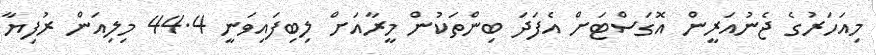
މިއަހަރުގެ ޖެނުއަރީން އޮގަސްޓަށް އެފަދަ ބިންތަކުން މީރާއަށް ލިބިފައިވަނީ 44.4 މިލިއަން ރުފިޔާ